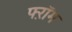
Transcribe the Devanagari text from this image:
फ्ऱॉम